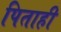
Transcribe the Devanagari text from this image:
पिताही